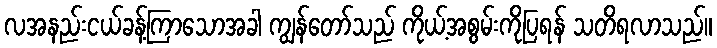
လအနည်းငယ်ခန့်ကြာသောအခါ ကျွန်တော်သည် ကိုယ့်အစွမ်းကိုပြရန် သတိရလာသည်။